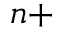
^ { n + }